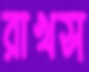
রাখস